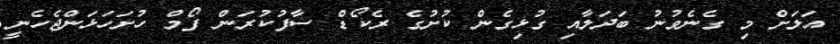
އަލަށް މި ގެނެވުނު ބަދަލާއި ގުޅިގެން ކުށުގެ ރެކޯޑް ސާފުކުރަން ފޯމް ހުށަހަޅަންޖެހެނީ